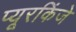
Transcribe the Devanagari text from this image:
प्यूरकिंजे